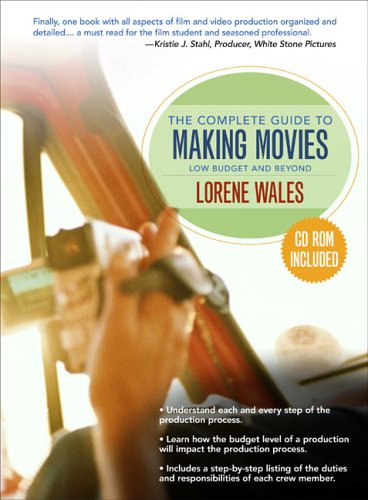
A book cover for Complete Guide to Making a Movie; Lorene Wales; Humor & Entertainment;